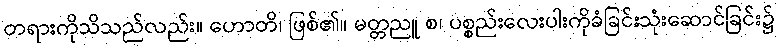
တရားကိုသိသည်လည်း။ ဟောတိ၊ ဖြစ်၏။ မတ္တညူ စ၊ ပစ္စည်းလေးပါးကိုခံခြင်းသုံးဆောင်ခြင်း၌